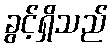
ခွင့်ရှိသည်